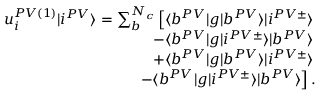
\begin{array} { r } { u _ { i } ^ { P V ( 1 ) } | i ^ { P V } \rangle = \sum _ { b } ^ { N _ { c } } \left[ \langle b ^ { P V } | g | b ^ { P V } \rangle | i ^ { P V \pm } \rangle \right. } \\ { \left. - \langle b ^ { P V } | g | i ^ { P V \pm } \rangle | b ^ { P V } \rangle \right. } \\ { \left. + \langle b ^ { P V } | g | b ^ { P V } \rangle | i ^ { P V \pm } \rangle \right. } \\ { \left. - \langle b ^ { P V } | g | i ^ { P V \pm } \rangle | b ^ { P V } \rangle \right] . } \end{array}